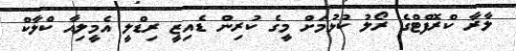
ލާރާ ކްރޮފްޓްގެ ރޯލު ކުޅުމަށް މީގެ ކުރިން ޑެއިޒީ ރިޑްލީ އެމީލިއާ ކްލާކް